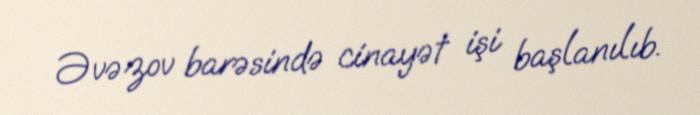
Əvəzov barəsində cinayət işi başlanılıb.